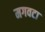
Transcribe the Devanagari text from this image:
मगवटा